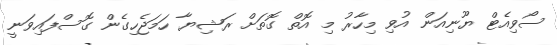
ސޯވިއެޓް ޔޫނިއަން އުވި މިހާރު މި އޮތް ގޮތަށް ރަޝިޔާ ހަމަޖެހިގެން ގޮސްފައިވަނީ